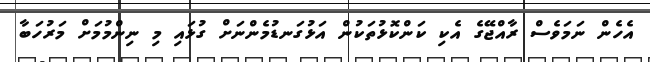
އެހެން ނަމަވެސް ރާއްޖޭގެ އެކި ކަންކޮޅުތަކުން އަޅުގަނޑުމެންނަށް ގުޅައި މި ނިންމުމަށް މަރުހަބާ